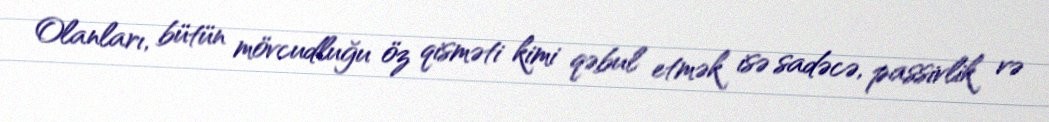
Olanları, bütün mövcudluğu öz qisməti kimi qəbul etmək isə sadəcə, passivlik və